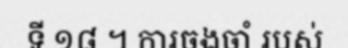
ទី ១៨ ។ ការចងចាំ របស់